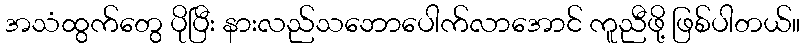
အသံထွက်တွေ ပိုပြီး နားလည်သဘောပေါက်လာအောင် ကူညီဖို့ ဖြစ်ပါတယ်။